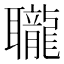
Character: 䏊